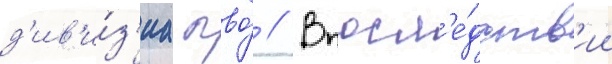
д'ив'и́з'иа пво́ // Впосл'е́дств'ии